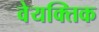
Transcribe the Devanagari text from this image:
वेयक्तिक